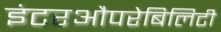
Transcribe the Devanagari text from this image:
इंटरऔपरेबिलिटी